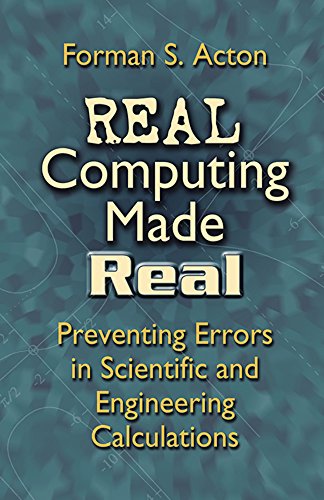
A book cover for Real Computing Made Real: Preventing Errors in Scientific and Engineering Calculations (Dover Books on Computer Science); Forman S. Acton; Science & Math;